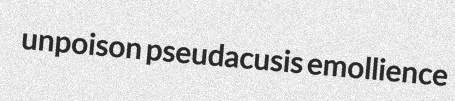
unpoison pseudacusis emollience